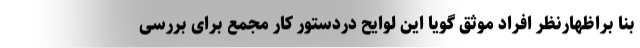
بنا براظهارنظر افراد موثق گویا این لوایح دردستور کار مجمع برای بررسی